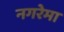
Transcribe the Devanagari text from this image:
नगरेमा